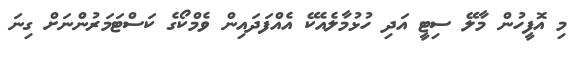
މި އޮފީހުން މާލޭ ސިޓީ އަދި ހުޅުމާލެއެކޭ އެއްފަދައިން ވެމްކޯގެ ކަސްޓަމަރުންނަށް ގިނަ